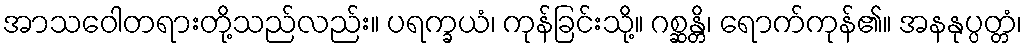
အာသဝေါတရားတို့သည်လည်း။ ပရက္ခယံ၊ ကုန်ခြင်းသို့။ ဂစ္ဆန္တိ၊ ရောက်ကုန်၏။ အနနုပ္ပတ္တံ၊